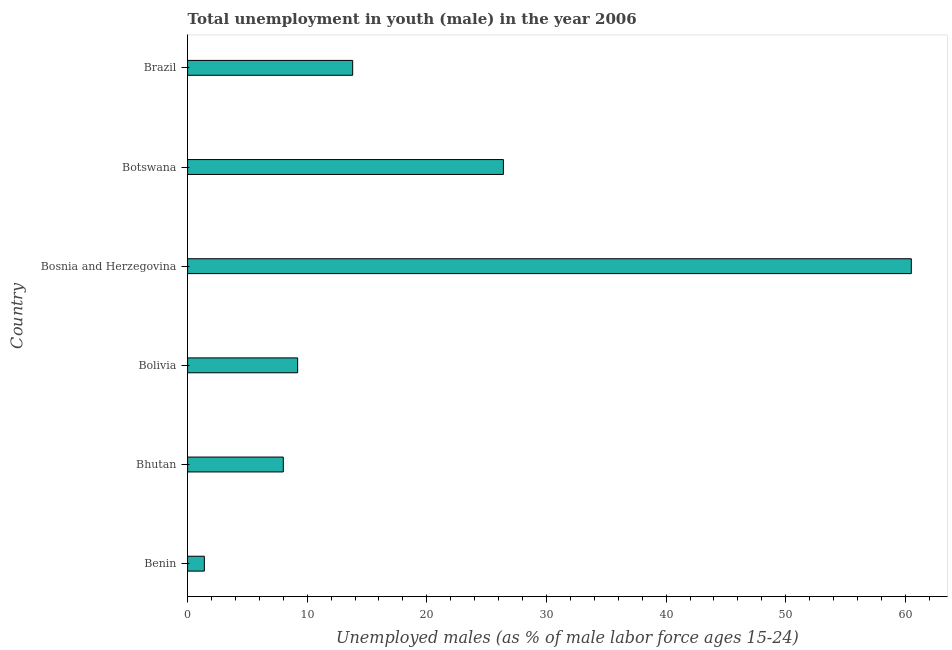
| Country | Unemployment |
 | --- | --- |
 | Benin | 1.4 |
 | Bhutan | 8 |
 | Bolivia | 9.2 |
 | Bosnia and Herzegovina | 60.5 |
 | Botswana | 26.4 |
 | Brazil | 13.8 |